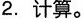
2.计算。